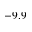
- 9 . 9